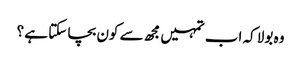
وہ بولا کہ اب تمہیں مجھ سے کون بچا سکتا ہے ؟